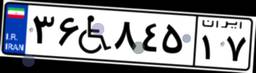
۳۶W۸۴۵۱۷